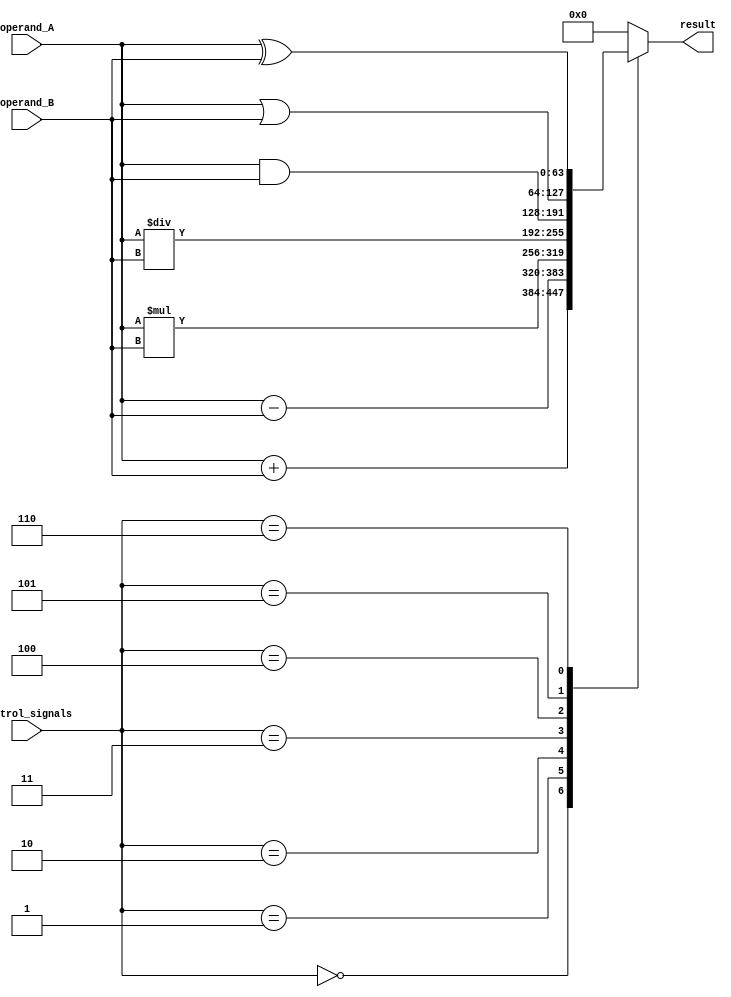
module ALU_64bit (
    input [63:0] operand_A,
    input [63:0] operand_B,
    input [2:0] control_signals, // 000 -> addition, 001 -> subtraction, 010 -> multiplication, 011 -> division, 100 -> AND, 101 -> OR, 110 -> XOR
    output reg [63:0] result
);

always @(*) begin
    case(control_signals)
        3'b000: result = operand_A + operand_B; // addition
        3'b001: result = operand_A - operand_B; // subtraction
        3'b010: result = operand_A * operand_B; // multiplication
        3'b011: result = operand_A / operand_B; // division
        3'b100: result = operand_A & operand_B; // bitwise AND
        3'b101: result = operand_A | operand_B; // bitwise OR
        3'b110: result = operand_A ^ operand_B; // bitwise XOR
        default: result = 64'd0; // default output
    endcase
end

endmodule